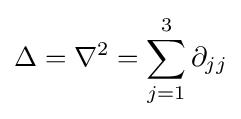
\Delta =\nabla ^{2}=\sum _{j=1}^{3}\partial _{jj}